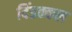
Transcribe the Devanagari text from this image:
दिंडक्कल